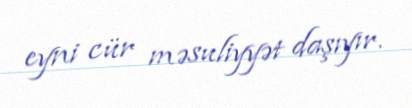
eyni cür məsuliyyət daşıyır.